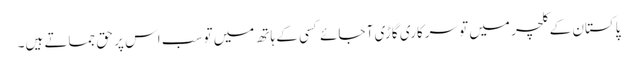
پاکستان کے کلچر میں تو سرکاری گاڑی آ جائے کسی کے ہاتھ میں تو سب اس پر حق جماتے ہیں۔